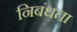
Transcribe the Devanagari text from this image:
निबंधता